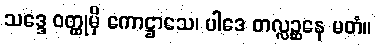
သဒ္ဒေ ဝတ္ထုမှိ ကောဋ္ဌာသေ၊ ပါဒေ တလ္လဉ္ဆနေ မတံ။